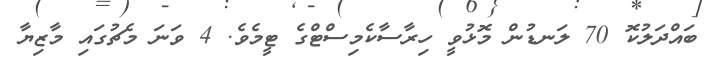
ބައްދަލުކޮ 70 ލަނޑުން މޮޅުވީ ހިރާސާކެމިސްޓްގެ ޓީމެވެ. 4 ވަނަ މެޗުގައި މާޒިޔާ